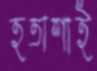
হতাশাই